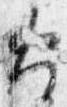
火